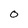
Character: 0